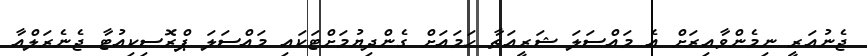
ޖެނުއަރީ ނިމެންވާއިރަށް އެ މައްސަލަ ޝަރީއަތާ ހަމައަށް ގެންދިޔުމަށްޓަކައި މައްސަލަ ޕްރޮސިކިއުޓާ ޖެނެރަލްއާ